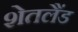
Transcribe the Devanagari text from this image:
शेतलैंड